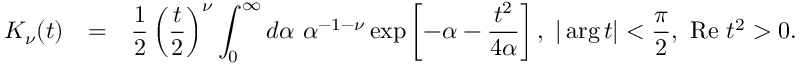
\begin{array} { r c l } { { K _ { \nu } ( t ) } } & { { = } } & { { \displaystyle \frac { 1 } { 2 } \left( \frac { t } { 2 } \right) ^ { \nu } \int _ { 0 } ^ { \infty } d \alpha ~ \alpha ^ { - 1 - \nu } \exp \left[ - \alpha - \frac { t ^ { 2 } } { 4 \alpha } \right] , ~ | \arg t | < \frac { \pi } { 2 } , ~ \mathrm { R e ~ } t ^ { 2 } > 0 . } } \end{array}